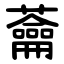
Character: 蘥